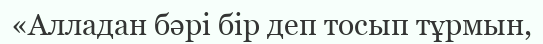
«Алладан бәрі бір деп тосып тұрмын,